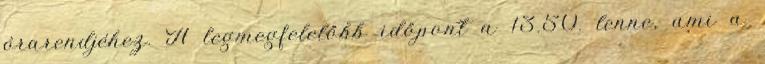
órarendjéhez. A legmegfelelőbb időpont a 13.50. lenne, ami a